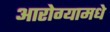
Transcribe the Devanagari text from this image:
आरोग्यामधे